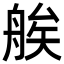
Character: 𦩈